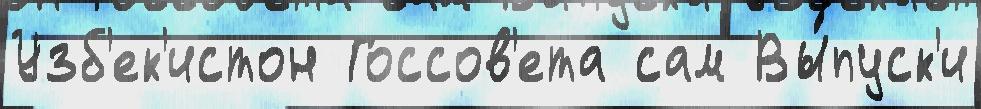
Узб'ек'истон Госсов'ета сам Вы́пуск'и